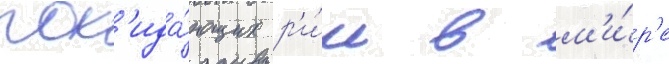
пок'ида́ющих р'и́м в м'и́р'е